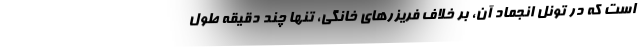
است که در تونل انجماد آن، بر خلاف فریزرهای خانگی، تنها چند دقیقه طول